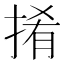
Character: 𢯎